Report on the bubonic plague in Bombay, 1896-1897
Year: 1896
Disease focus: Plague
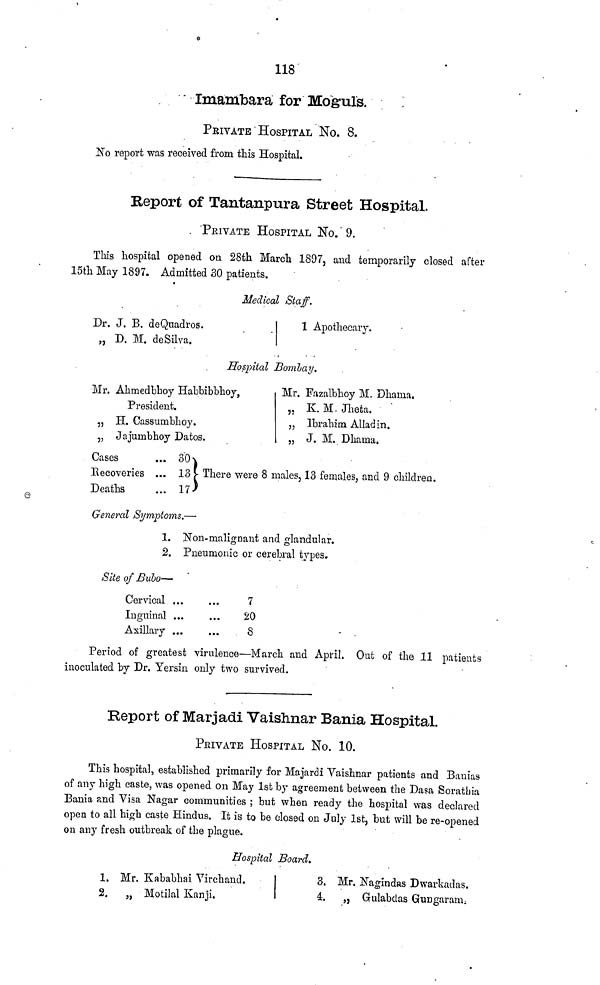
118
Imambara for Moguls.
PRIVATE HOSPITAL No. 8.
No report was received from this Hospital.
Report of Tantanpura Street Hospital.
PRIVATE HOSPITAL No. 9.
This hospital opened on 28th March 1897, and temporarily closed after
15th May 1897. Admitted 30 patients.
Medical Staff.
Dr. J. B. deQuadros.
„ D. M. deSilva.
1 Apothecary.
Hospital Bombay.
Mr. Ahmedbhoy Hahbibbhoy,
President.
„ H. Cassumbhoy.
„ Jajumbhoy Datos.
Mr. Fazalbhoy M. Dhama.
,. K. M. Jheta.
„ Ibrahim Aliad in.
„ J. M. Dhama.
Cases ...
Recoveries ...
Deaths
30
13 There were 8 males, 13 females, and 9 children.
17
General Symptoms.—
1. Non-malignant and glandular.
2. Pneumonic or cerebral types.
Site of Bubo—
Cervical
Inguinal
Axillary
...
...
...
...
...
...
7
20
δ
Period of greatest virulence—March and April. Out of the ,11 patients
inoculated by Dr. Yersin only two survived.
Report of Marjadi Vaislnar Bania Hospital.
PRIVATE HOSPITAL No. 10.
This hospital, established primarily for Majardi Yaishnar patients and Banias
of any high caste, was opened on May 1st by agreement between the Dasa Sorathia
Bania and Visa Nagar communities ; but when ready the hospital was declared
open to all high caste Hindus. It is to be closed on July 1st, but will be re-opened
on any fresh outbreak of the plague.
Hospital Board.
1. Mr. Kababhai Virchand.
2.
„ Motilal Kanji.
3. Mr. Nagindas Dwarkadas.
a.
„ Gulabdas Gungaram.